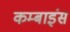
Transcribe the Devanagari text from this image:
कम्बाइंस